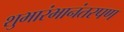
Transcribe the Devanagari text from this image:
शुभारंभानंतरपण